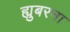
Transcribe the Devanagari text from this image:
ह्युबरना